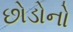
છોડોનો